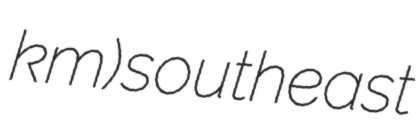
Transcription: km) southeast